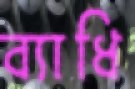
ব্যাধি